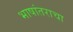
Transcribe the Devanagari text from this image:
भाषांतराचा